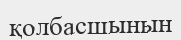
қолбасшынын